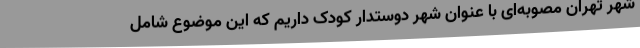
شهر تهران مصوبه‌ای با عنوان شهر دوستدار کودک داریم که این موضوع شامل